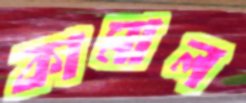
কামাল